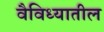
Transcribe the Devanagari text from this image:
वैविध्यातील